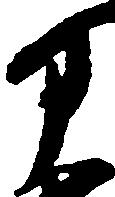
部